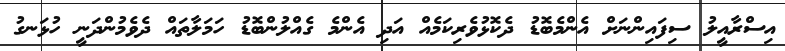
އިސްރާއީލު ސިފައިންނަށް އެންމެބޮޑު ދެކޮޅުވެރިކަމެއް އަދި އެންމެ ގެއްލުންބޮޑު ހަމަލާތައް ދެވެމުންދަނީ ހުޅަނގު